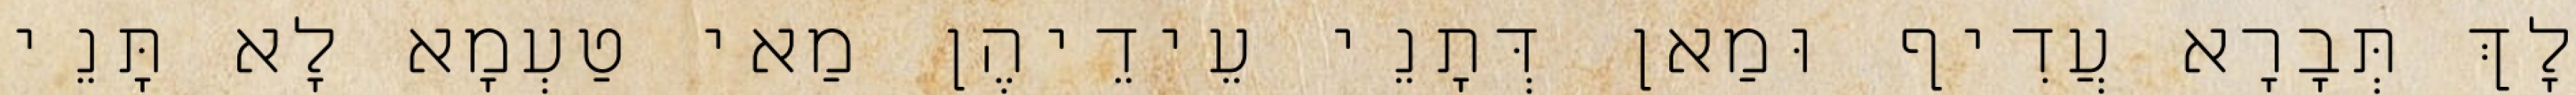
לָךְ תְּבָרָא עֲדִיף וּמַאן דְּתָנֵי עֵידֵיהֶן מַאי טַעְמָא לָא תָּנֵי